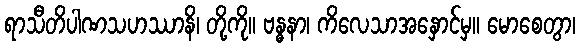
ရာသီတိပါဏသဟဿာနိ၊ တို့ကို။ ဗန္ဓနာ၊ ကိလေသာအနှောင်မှ။ မောစေတွာ၊